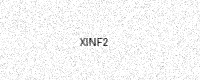
Text: XINF2